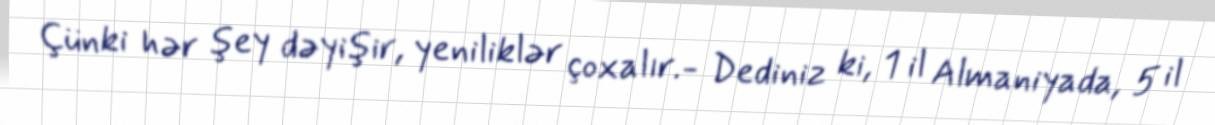
Çünki hər şey dəyişir, yeniliklər çoxalır.- Dediniz ki, 1 il Almaniyada, 5 il